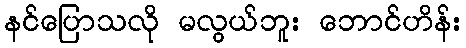
နင်ပြောသလို မလွယ်ဘူး ဘောင်ဟိန်း